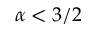
\alpha < 3 / 2